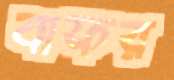
যাফর